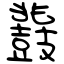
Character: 鼗